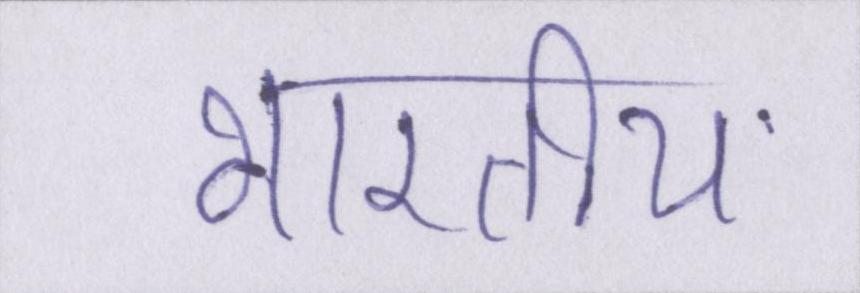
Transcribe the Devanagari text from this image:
भारतीय